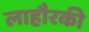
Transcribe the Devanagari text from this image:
लाहौरकी